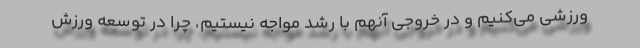
ورزشی می‌کنیم و در خروجی آنهم با رشد مواجه نیستیم، چرا در توسعه ورزش